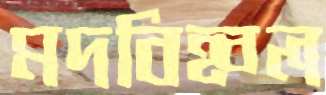
মদবিহ্বল